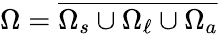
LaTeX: \Omega=\overline{{\Omega_{s}\cup\Omega_{\ell}\cup\Omega_{a}}}